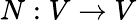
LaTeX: N:V\to V